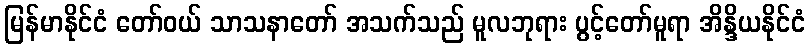
မြန်မာနိုင်ငံ တော်ဝယ် သာသနာတော် အသက်သည် မူလဘုရား ပွင့်တော်မူရာ အိန္ဒိယနိုင်ငံ